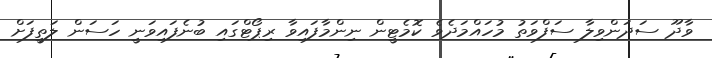
ވާދޫ ސަދަންވިލާ ސަފްވަތު މުހައްމަދެވެ ކޮމެޓީން ނިންމާފައިވާ ރިޕޯޓްގައި ބުނެފައިވަނީ ހަސަން ލަތީފަށް